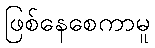
ဖြစ်နေစေကာမူ